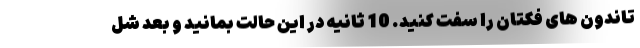
تاندون های فکتان را سفت کنید. 10 ثانیه در این حالت بمانید و بعد شل